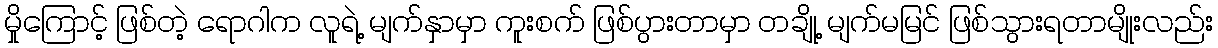
မှိုကြောင့် ဖြစ်တဲ့ ရောဂါက လူရဲ့ မျက်နှာမှာ ကူးစက် ဖြစ်ပွားတာမှာ တချို့ မျက်မမြင် ဖြစ်သွားရတာမျိုးလည်း